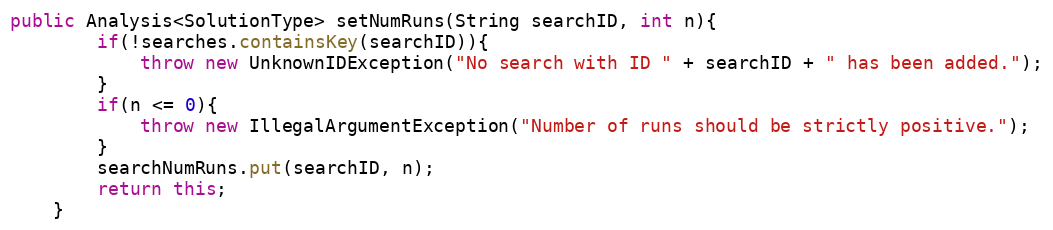
Language: Java
public Analysis<SolutionType> setNumRuns(String searchID, int n){
        if(!searches.containsKey(searchID)){
            throw new UnknownIDException("No search with ID " + searchID + " has been added.");
        }
        if(n <= 0){
            throw new IllegalArgumentException("Number of runs should be strictly positive.");
        }
        searchNumRuns.put(searchID, n);
        return this;
    }